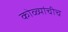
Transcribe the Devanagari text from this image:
कोळ्यांचीच